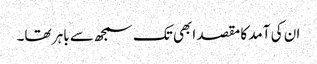
ان کی آمد کا مقصد ابھی تک سمجھ سے باہر تھا۔